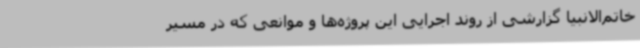
خاتم‌الانبیا گزارشی از روند اجرایی این پروژه‌ها و موانعی که در مسیر